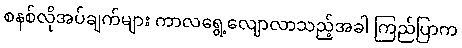
စနစ်လိုအပ်ချက်များ ကာလရွေ့လျောလာသည့်အခါ ကြည်ပြာက